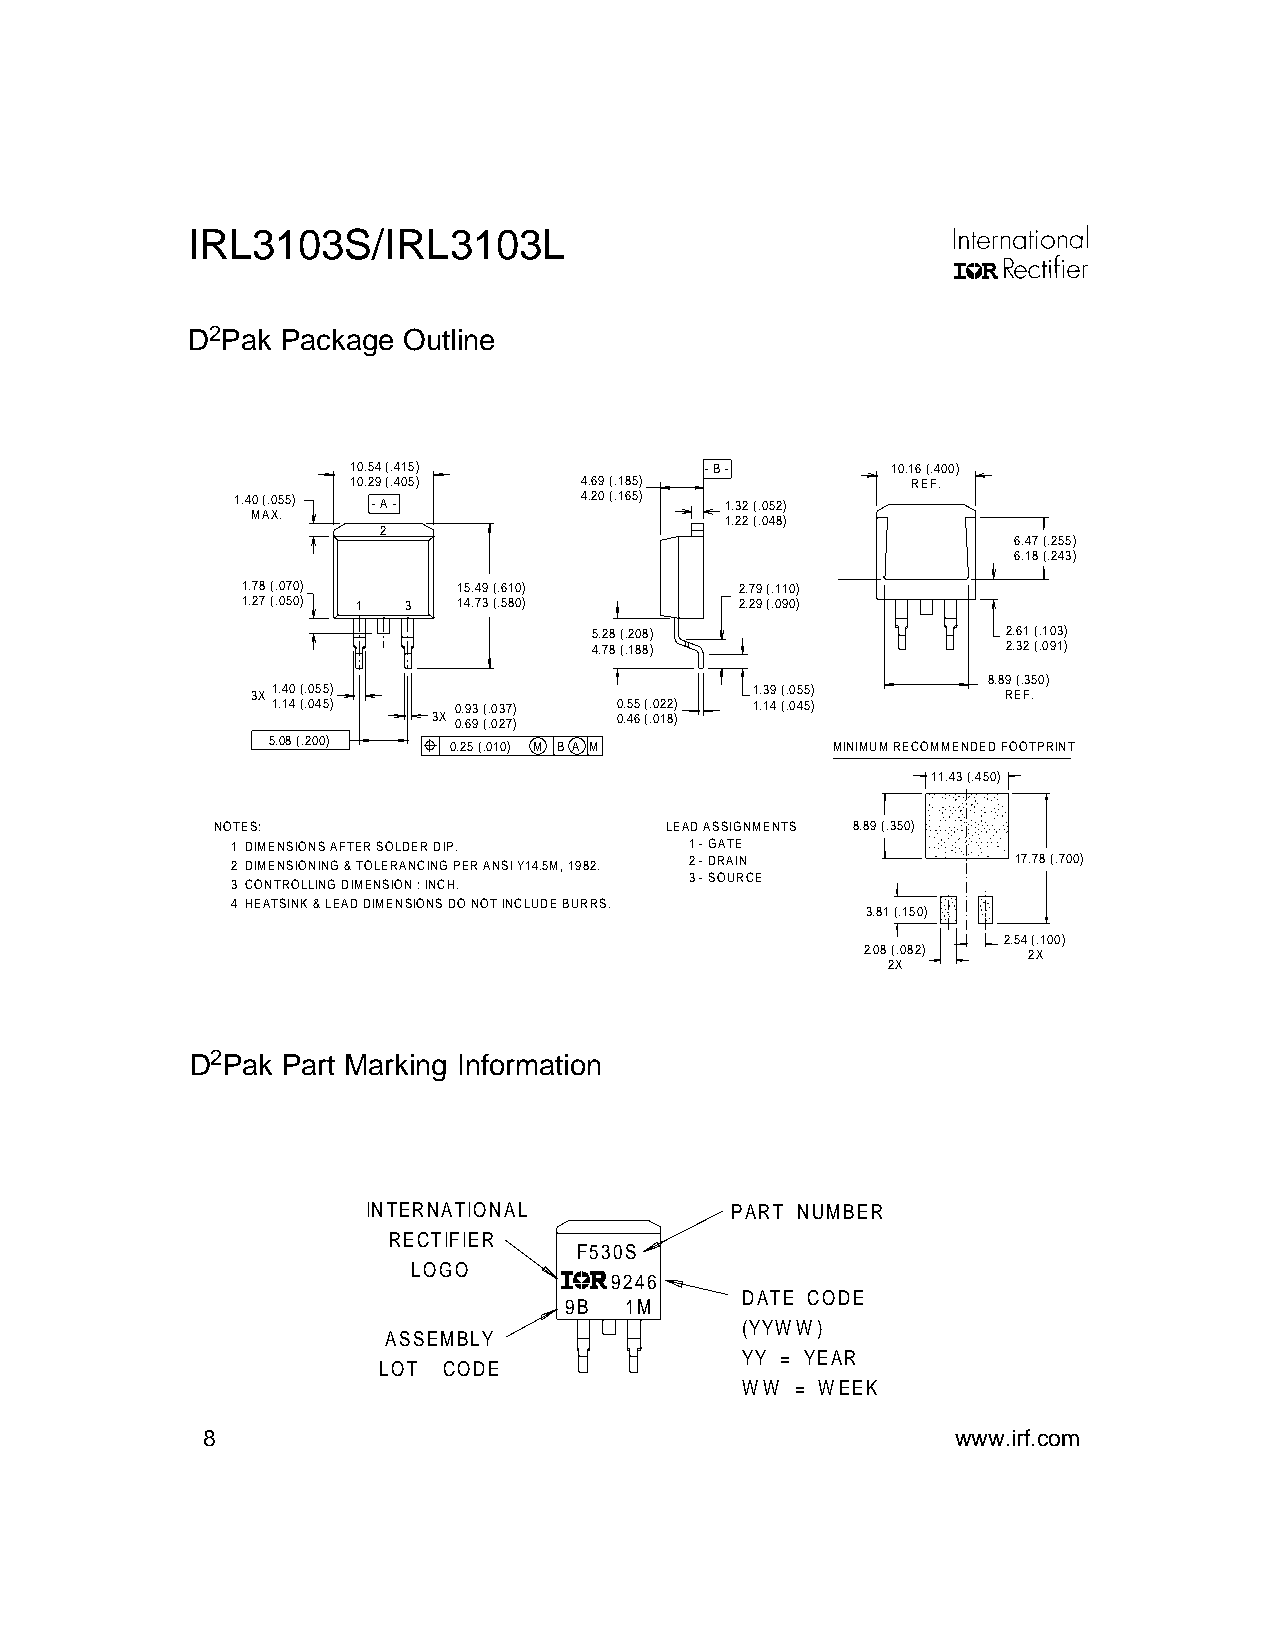
IRL3103S/IRL3103L
 D2Pak  Package Outline
 10.54 (.415)            - B -       10.16 (.400)
 10.29 (.405)   4.69 (.185)           REF.
 1.40 (.055) - A -     4.20 (.165) 1.32 (.052)
 MAX.                           1.22 (.048)
 2
 6.47 (.255)
 6.18 (.243)
 1.78 (.070)   15.49 (.610)       2.79 (.110)
 1.27 (.050) 1 3 14.73 (.580)     2.29 (.090)
 5.28 (.208)                 2.61 (.103)
 4.78 (.188)                 2.32 (.091)
 8.89 (.350)
 3X1.40 (.055)                    1.39 (.055)      REF.
 1.14 (.045) 0.93 (.037) 0.55 (.022) 1.14 (.045)
 3X 0.69 (.027) 0.46 (.018)
 5.08 (.200) 0.25 (.010) M B A M      MINIMUM RECOMMENDED FOOTPRINT
 11.43 (.450)
 NOTES:                        LEAD ASSIGNMENTS 8.89 (.350)
 1 DIMENSIONS AFTER SOLDER DIP. 1 - GATE
 2 DIMENSIONING & TOLERANCING PER ANSI Y14.5M, 1982. 2 - DRAIN 17.78 (.700)
 3 - SOURCE
 3 CONTROLLING DIMENSION : INCH.
 4 HEATSINK & LEAD DIMENSIONS DO NOT INCLUDE BURRS.
 3.81 (.150)
 2.54 (.100)
 2.08 (.082) 2X
 2X
 D2Pak Part Marking Information
 A
 INTERNATIONAL           PART NUMBER
 RECTIFIER
 F530S
 LOGO
 9246
 DATE CODE
 9B  1M
 (YYWW)
 ASSEMBLY
 YY = YEAR
 LOT CODE
 WW  = WEEK
 8                                                 www.irf.com